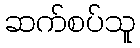
ဆက်စပ်သူ